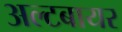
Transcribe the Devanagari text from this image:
अल्टबायर